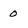
Character: 0